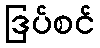
ဒြပ်စင်